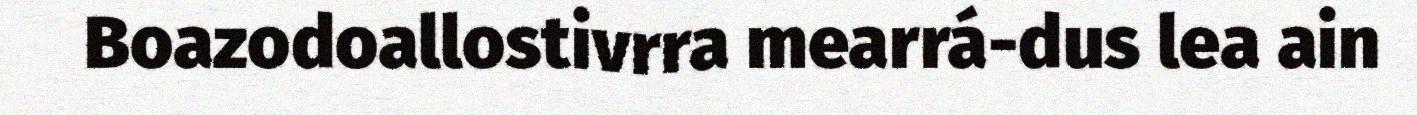
Boazodoallostivrra mearrá-dus lea ain